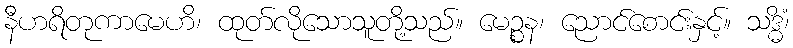
နီဟရိတုကာမေဟိ၊ ထုတ်လိုသောသူတို့သည်။ မေဉ္စန၊ ညောင်စောင်းနှင့်။ သဒ္ဓိံ၊